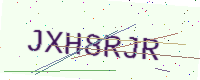
Text: JXH8RJR